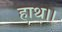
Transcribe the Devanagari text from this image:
हाथ।।